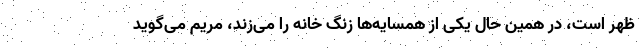
ظهر است، در همین حال یکی از همسایه‌ها زنگ خانه را می‌زند، مریم می‌گوید